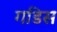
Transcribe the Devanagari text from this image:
गडिस